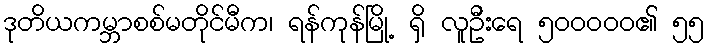
ဒုတိယကမ္ဘာစစ်မတိုင်မီက၊ ရန်ကုန်မြို့ ရှိ လူဦးရေ ၅၀၀၀၀၀၏ ၅၅